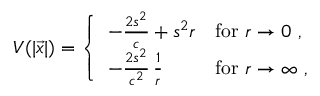
V ( \vert \vec { x } \vert ) = \left\{ \begin{array} { l l } { { - \frac { 2 s ^ { 2 } } { c } + s ^ { 2 } r } } & { { \mathrm { f o r } \, \, r \to 0 ~ , } } \\ { { - \frac { 2 s ^ { 2 } } { c ^ { 2 } } \, \frac { 1 } { r } } } & { { \mathrm { f o r } \, \, r \to \infty ~ , } } \end{array} \right.